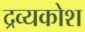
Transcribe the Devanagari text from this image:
द्रव्यकोश